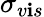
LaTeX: \sigma_{v\mathbf{i}s}